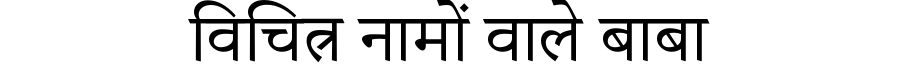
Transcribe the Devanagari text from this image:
विचित्र नामों वाले बाबा